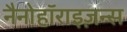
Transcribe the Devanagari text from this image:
नैनोहॉराइज़न्स